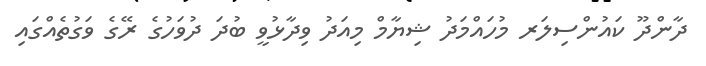
ދާންދޫ ކައުންސިލަރ މުހައްމަދު ޝިޔާމް މިއަދު ވިދާޅުވީ ބުދަ ދުވަހުގެ ރޭގެ ވަގުތެއްގައި